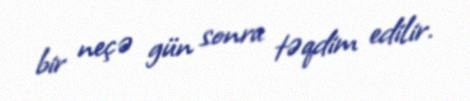
bir neçə gün sonra təqdim edilir.